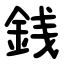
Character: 銭